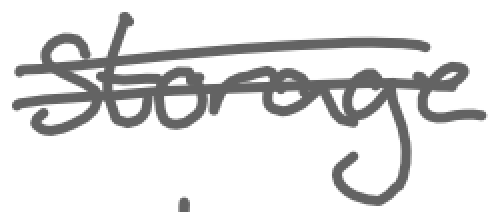
Text: storage
Cross-out: wave
Writing tool: digital_gray